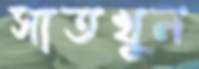
সাতখুন